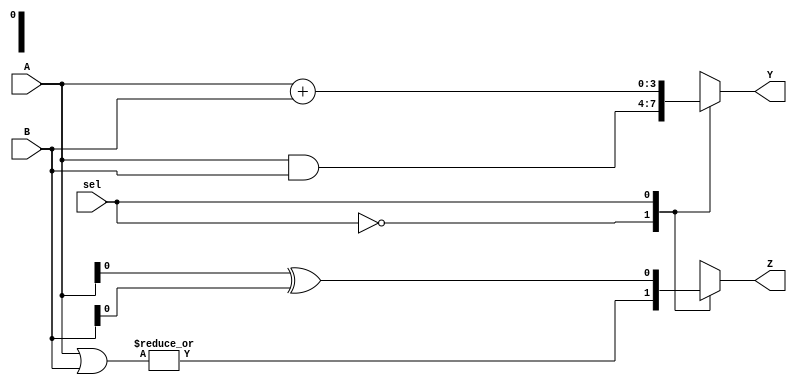
module comb_logic (
    input wire [3:0] A,      // 4-bit input A
    input wire [3:0] B,      // 4-bit input B
    input wire sel,          // 1-bit selector
    output reg [3:0] Y,      // 4-bit output Y
    output reg Z             // 1-bit output Z
);

always @(*) begin
    // Combinational logic block
    case (sel)
        1'b0: begin
            // Output Y is the AND of A and B
            Y = A & B;
            // Output Z is the OR of A and B
            Z = |(A | B); // Z is 1 if any bit in A or B is 1
        end
        1'b1: begin
            // Output Y is the addition of A and B, limited to 4 bits
            Y = A + B;
            // Output Z is the XOR of A and B
            Z = A ^ B;
        end
        default: begin
            Y = 4'b0000; // Default case for Y
            Z = 1'b0;    // Default case for Z
        end
    endcase
end

endmodule